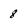
Character: 8